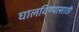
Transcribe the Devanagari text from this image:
घालविण्‍यासाठी